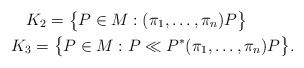
LaTeX: \begin{gather*}K_2=\bigl\{P\in M:(\pi_1,\ldots,\pi_n)P\bigr\}\quad\quad\\K_3=\bigl\{P\in M:P\ll P^*(\pi_1,\ldots,\pi_n)P\bigr\}.\end{gather*}